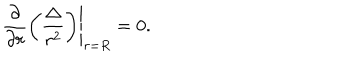
\left. \frac { \partial } { \partial r } \left( \frac { \Delta } { r ^ { 2 } } \right) \right| _ { r = R } = 0 .